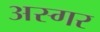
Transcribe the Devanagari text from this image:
अस्गर